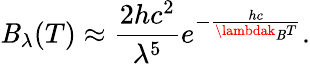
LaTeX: \mathit{B}_{\lambda}(T)\approx{\frac{{2hc^{2}}}{{\lambda^{5}}}}e^{-{\frac{{hc}}{{\lambdak_{\mathrm{{\mathit{B}}}}T}}}}.